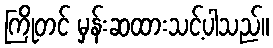
ကြိုတင် မှန်းဆထားသင့်ပါသည်။